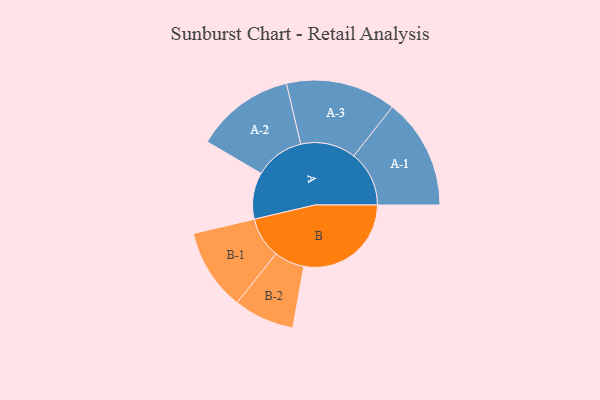
{"axis": {"x": "Segment", "y": "Value"}, "legend": ["", "A", "B"], "data": [{"x": "A", "y": 203, "type": ""}, {"x": "B", "y": 467, "type": ""}, {"x": "A-1", "y": 241, "type": "A"}, {"x": "A-2", "y": 216, "type": "A"}, {"x": "A-3", "y": 240, "type": "A"}, {"x": "B-1", "y": 178, "type": "B"}, {"x": "B-2", "y": 132, "type": "B"}]}